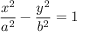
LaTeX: { \frac { x ^ { 2 } } { a ^ { 2 } } } - { \frac { y ^ { 2 } } { b ^ { 2 } } } = 1